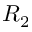
R _ { 2 }